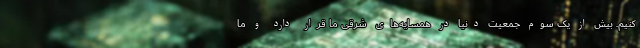
کنیم. بیش از یک سوم جمعیت دنیا در همسایه‌های شرقی ما قرار دارد و ما